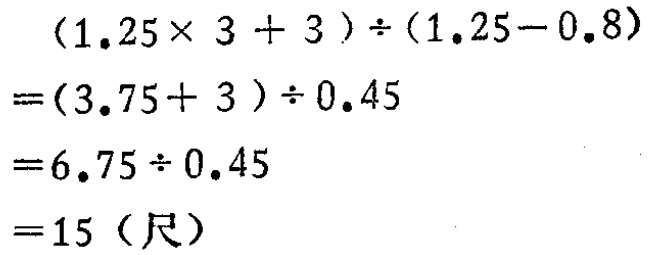
\((1.25\times 3 + 3)\div(1.25 - 0.8)\)

\(=(3.75 + 3)\div 0.45\)

\(=6.75\div 0.45\)

\(=15\)（尺）